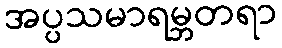
အပ္ပသမာရမ္ဘတရာ